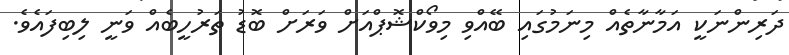
ދަރިންނަކީ އަމާނާތެއް މިނަމުގައި ބޭއްވި މިވޯކްޝޮޕްއަށް ވަރަށް ބޮޑު ތަރުހީބެއް ވަނީ ލިބިފައެވެ.